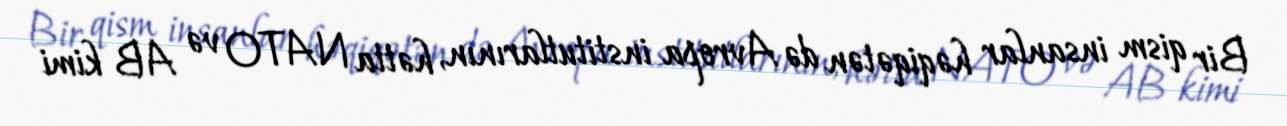
Bir qism insanlar həqiqətən də Avropa institutlarının, hətta NATO və AB kimi